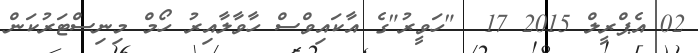
02 އެޕްރީލް 2015 17  "ހަވީރު"ގެ އާކައިވްސް ހާވާލާއިރު ހޯމް މިނިސްޓަރުކަން